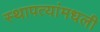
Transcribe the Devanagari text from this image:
स्थापत्यांमधली